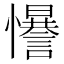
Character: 𢥑